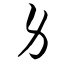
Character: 身